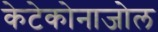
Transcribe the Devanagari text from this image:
केटेकोनाजोल